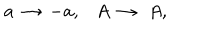
a \, \rightarrow \, - a , A \, \rightarrow \, \, A ,